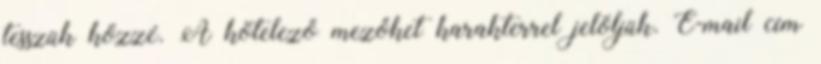
tesszük közzé. A kötelező mezőket karakterrel jelöljük. E-mail cím